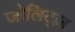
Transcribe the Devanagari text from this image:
जोलिट्ज़